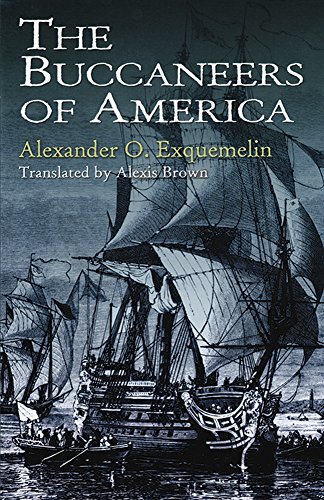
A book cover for The Buccaneers of America (Dover Maritime); Alexander O. Exquemelin; Engineering & Transportation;